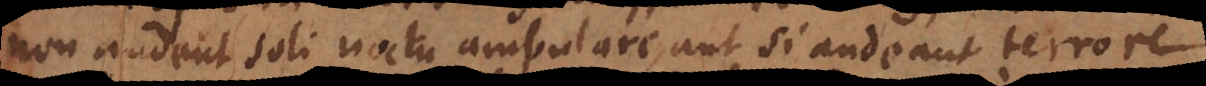
non audent soli noctu ambulare, aut si audeant terrore